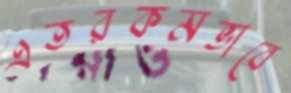
এতরকমভাবে